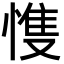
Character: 愯